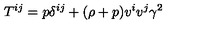
T ^ { i j } = p \delta ^ { i j } + ( \rho + p ) v ^ { i } v ^ { j } \gamma ^ { 2 }